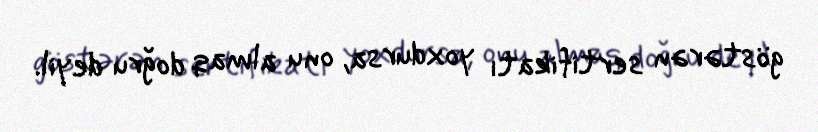
göstərən sertifikatı yoxdursa, onu almaq doğru deyil.